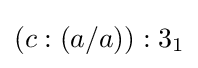
(c:(a/a)):3_{1}